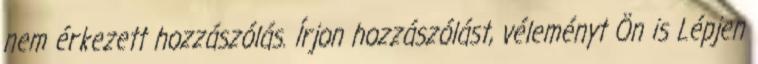
nem érkezett hozzászólás. Írjon hozzászólást, véleményt Ön is Lépjen